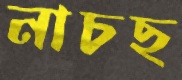
নাচছ